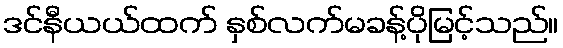
ဒင်နီယယ်ထက် နှစ်လက်မခန့်ပိုမြင့်သည်။